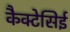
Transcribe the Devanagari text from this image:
कैक्टेसिई